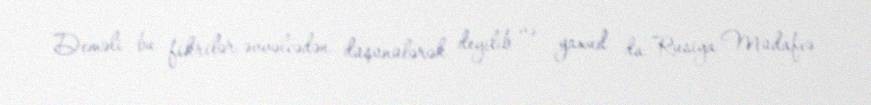
Deməli bu fikrilər əvvəlcədən düşünülərək deyilib və yaxud da Rusiya Müdafiə